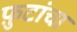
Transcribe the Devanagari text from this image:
फ़ुटांचा